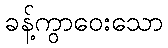
ခန့်ကွာဝေးသော